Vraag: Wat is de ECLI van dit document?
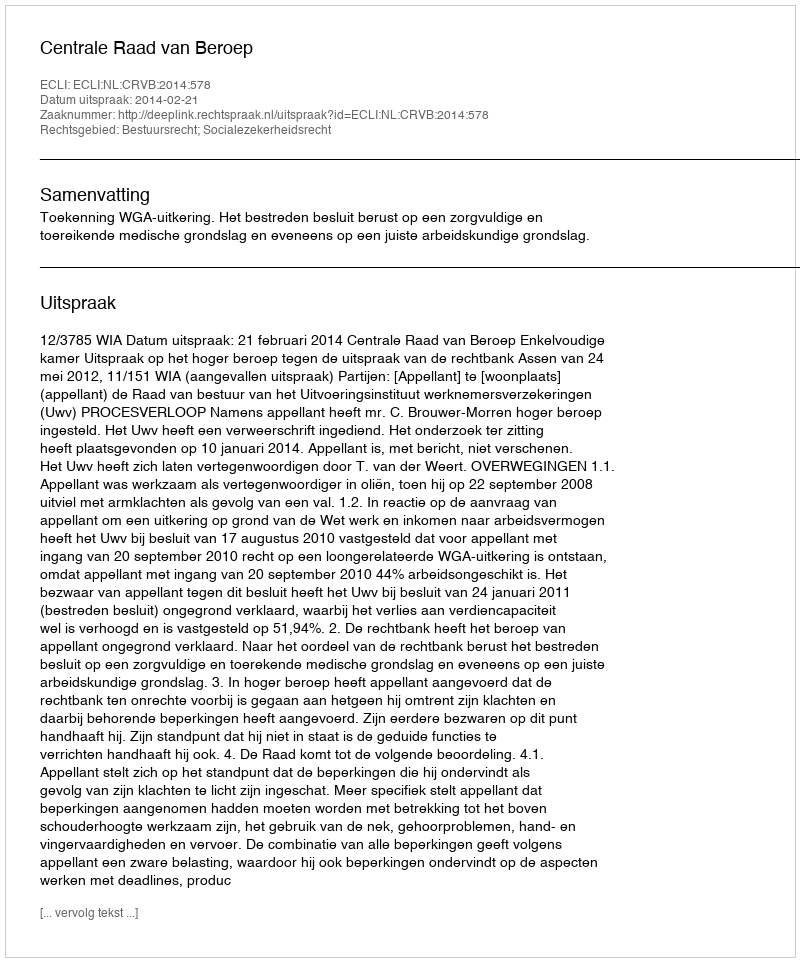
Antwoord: ECLI:NL:CRVB:2014:578